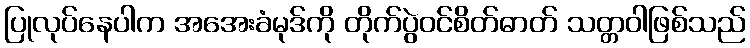
ပြုလုပ်နေပါက အအေးခံမုဒ်ကို တိုက်ပွဲဝင်စိတ်ဓာတ် သတ္တဝါဖြစ်သည်